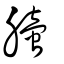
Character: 膪